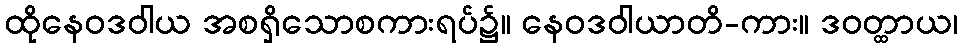
ထိုနေဝဒဝါယ အစရှိသောစကားရပ်၌။ နေဝဒဝါယာတိ-ကား။ ဒဝတ္ထာယ၊